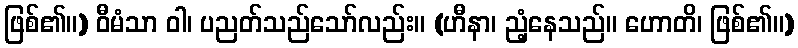
ဖြစ်၏။) ဝီမံသာ ဝါ၊ ပညတ်သည်သော်လည်း။ (ဟီနာ၊ ညံ့နေသည်။ ဟောတိ၊ ဖြစ်၏။)